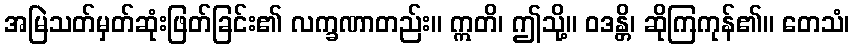
အမြဲသတ်မှတ်ဆုံးဖြတ်ခြင်း၏ လက္ခဏာတည်း။ ဣတိ၊ ဤသို့။ ဝဒန္တိ၊ ဆိုကြကုန်၏။ တေသံ၊